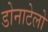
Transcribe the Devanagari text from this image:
डोनाटेलो